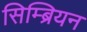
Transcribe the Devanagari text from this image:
सिम्ब्रियन